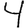
Digit: 4